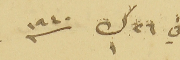
في  ٢٦ ك ١ سنه ١٩٤٠